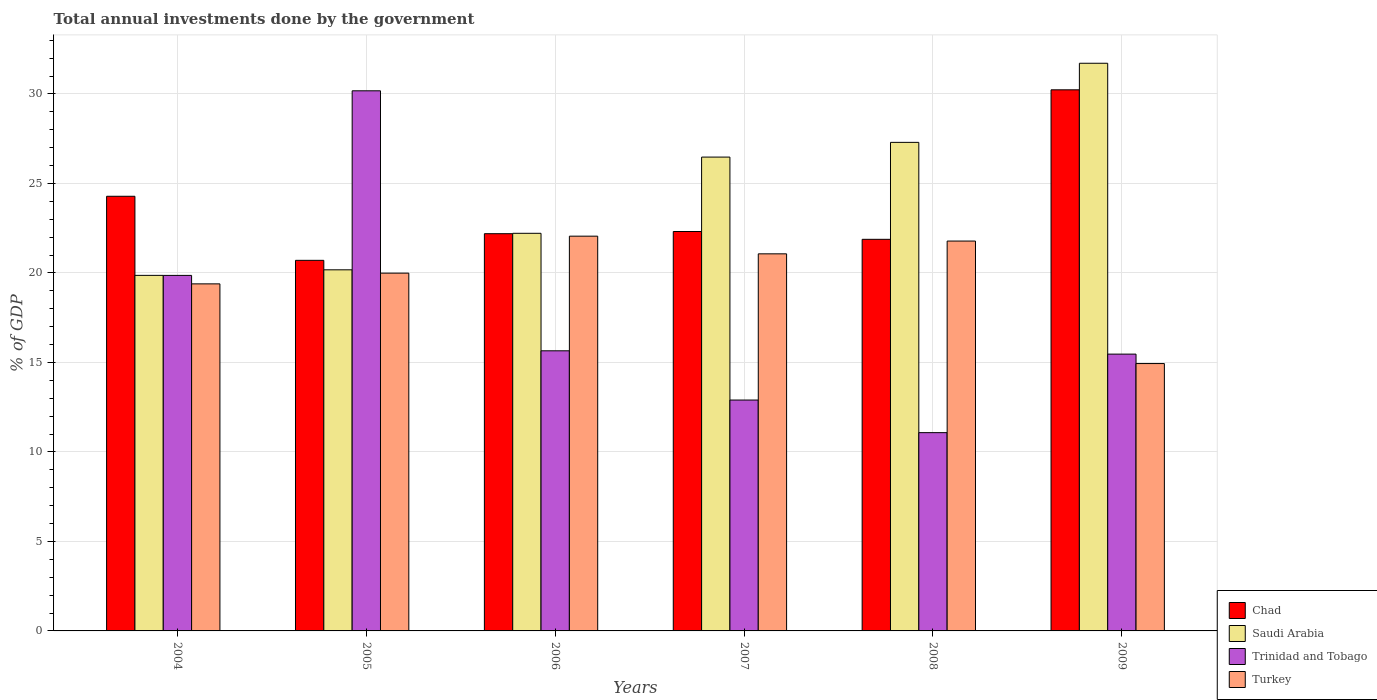
| Years | Chad | Saudi Arabia | Trinidad and Tobago | Turkey |
 | --- | --- | --- | --- | --- |
 | 2004 | 24.3 | 19.9 | 19.9 | 19.4 |
 | 2005 | 20.7 | 20.2 | 30.2 | 20 |
 | 2006 | 22.2 | 22.2 | 15.6 | 22.1 |
 | 2007 | 22.3 | 26.5 | 12.9 | 21.1 |
 | 2008 | 21.9 | 27.3 | 11.1 | 21.8 |
 | 2009 | 30.2 | 31.7 | 15.5 | 14.9 |